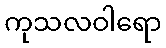
ကုသလဝါရော